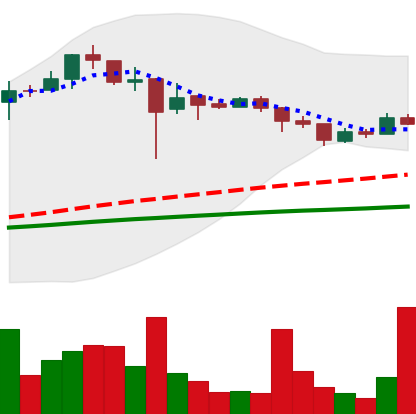
Ticker: LTC-USD
Chart end date: 2018-01-03
Forward return: 4.236%
Label: up_3_5